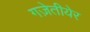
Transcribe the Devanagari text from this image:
गज़ेतीयेर